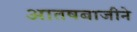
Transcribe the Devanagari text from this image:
आतषबाजीने